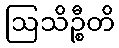
ဩသိဉ္စီတိ